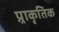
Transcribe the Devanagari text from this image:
प्र्राकृतिक